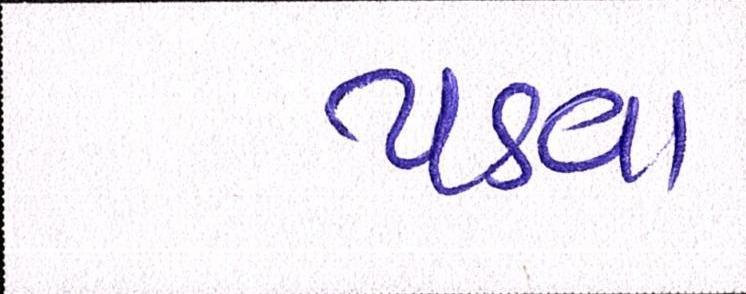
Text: ઘડવા